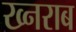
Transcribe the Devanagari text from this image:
ख्नराब